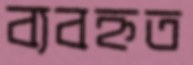
ব্যবহ্নত